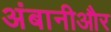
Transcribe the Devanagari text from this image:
अंबानीऔर